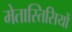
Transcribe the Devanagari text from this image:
मेतास्तिसियों